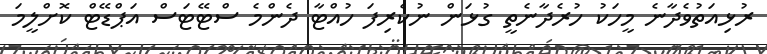
ރުޅިއަތުވެދާނެ މީހަކު ހުރެދާނެތީ ގުޅަން ނުކެރިފަ ހުއްޓާ ދެންމެ ސްޓޭޓަސް އަޕްޑޭޓް ކޮށްލީމަ